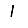
Digit: 1